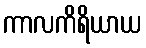
ကာလကိရိယာယ